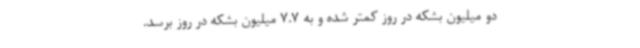
دو میلیون بشکه در روز کمتر شده و به 7.7 میلیون بشکه در روز برسد.